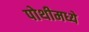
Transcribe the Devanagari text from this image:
पोथीमध्ये